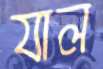
যাল